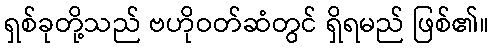
ရှစ်ခုတို့သည် ဗဟိုဝတ်ဆံတွင် ရှိရမည် ဖြစ်၏။